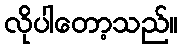
လိုပါတော့သည်။